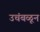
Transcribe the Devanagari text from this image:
उचंबळून